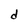
Character: d